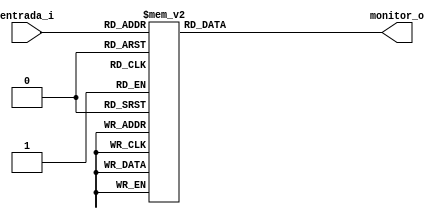
/*
	Grupo:			5CV3
	Proyecto:		ALU_freq
	Archivo:			Disp7segs.v
	Equipo:			Equipo 2
	Integrantes:	Alcaraz Cuevas Victor Hugo
						Montoya Morales Luis Antonio
						Navarrete Becerril Sharon Anette
						Quintana Romero Roberto
						Urdaneta Villalobos Paul Alejandro

	Descripcion:	Primera version de la ALU (1 bit)
*/

module Disp7segs	(
	input [3:0] entrada_i,
	output reg [6:0] monitor_o
);

	always @(*)
	begin
		case (entrada_i)
		4'b0000:		 	//gfedcba
			monitor_o=7'b1000000;//0
		4'b0001:
			monitor_o=7'b1111001;//1
		4'b0010:
			monitor_o=7'b0100100;//2
		4'b0011:
			monitor_o=7'b0110000;//3
		4'b0100:
			monitor_o=7'b0011001;//4
		4'b0101:
			monitor_o=7'b0010010;//5
		4'b0110:
			monitor_o=7'b0000010;//6
		4'b0111:
			monitor_o=7'b0111000;//7
		4'b1000:
			monitor_o=7'b0000000;//8
		4'b1001:
			monitor_o=7'b0011000;//9
		4'b1010:
			monitor_o=7'b0001000;//A
		4'b1011:
			monitor_o=7'b0000011;//B
		4'b1100:
			monitor_o=7'b1000110;//C
		4'b1101:
			monitor_o=7'b0100001;//D
		4'b1110:
			monitor_o=7'b0000110;//E
		4'b1111:
			monitor_o=7'b0001110;//F
		endcase
	end

endmodule